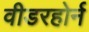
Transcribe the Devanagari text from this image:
वीडरहोर्न